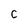
Character: c